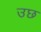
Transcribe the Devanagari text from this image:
उछ